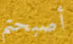
أصبحتم